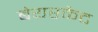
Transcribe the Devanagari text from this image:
बेयरकैट